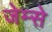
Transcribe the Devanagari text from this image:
जेम्से